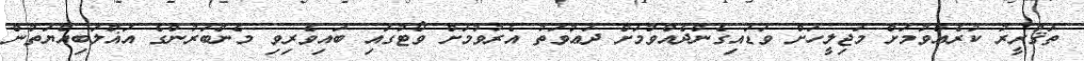
ތަޤުރީރު ކުރެއްވުމަށް މަޖިލީހަށް ވަޑައިގެންދެއްވުމަށް ދަޢުވަތު އެރުވުމަށް ވޯޓުގައި ބައިވެރިވި މެންބަރުންގެ އަޣްލަބިއްޔަތުން